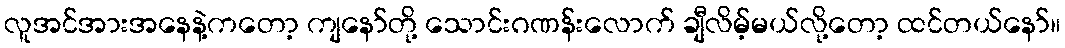
လူအင်အားအနေနဲ့ကတော့ ကျနော်တို့ သောင်းဂဏန်းလောက် ချီလိမ့်မယ်လို့တော့ ထင်တယ်နော်။